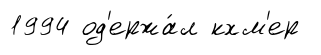
1994 од'ержа́л кхм'ер